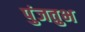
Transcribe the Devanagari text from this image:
पुंजतुभ